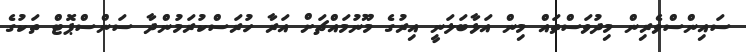
ސައިންސްވެރިން މިދުވަސްތައް މިން އަޅާބަލަނީ އިރުގެ މޫނުމައްޗަށް އަރާ ހުރަަސްކުރަމުންދާ ސަންސްޕޮޓް ތަކުގެ